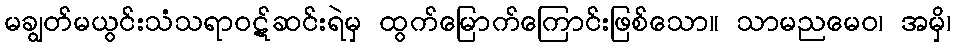
မချွတ်မယွင်းသံသရာဝဋ်ဆင်းရဲမှ ထွက်မြောက်ကြောင်းဖြစ်သော။ သာမညမေဝ၊ အမှိ၊